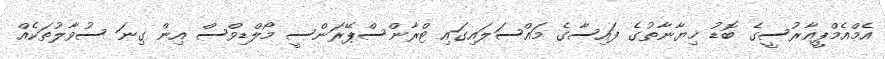
އެމްއެމްޕީއާރުސީގެ ބޮޑު ޚިޔާނާތުގެ ފައިސާގެ މައްސަލައިގައި ޓްރާންސްޕޭރަންސީ މޯލްޑިވްސް އިން ގިނަ ސުވާލުތަކެއް